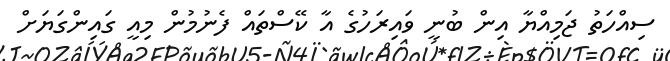
ސިއްހަތު ޖަމިއްޔާ އިން ބުނީ ވައިރަހުގެ އާ ކޭސްތައް ފެނުމުން މިއީ ގައިންގަޔަށް